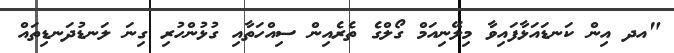
"އދ އިން ކަނޑައަޅާފައިވާ މިލޭނިއަމް ގޯލްގެ ތެރެއިން ސިއްހަތާއި ގުޅުންހުރި ގިނަ ލަނޑުދަނޑިތައް